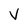
Character: v